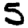
Digit: 5